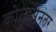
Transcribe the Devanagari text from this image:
कोल्डप्लेनंतर